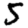
Digit: 5